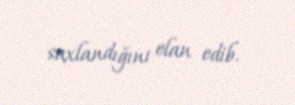
saxlandığını elan edib.